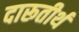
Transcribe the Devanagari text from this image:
दारूतीर्थ